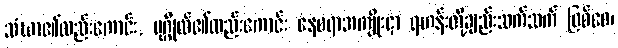
သံဃာ၏လည်းကောင်း, ပုဂ္ဂိုလ်၏လည်းကောင်း နေစရာအကျိုးငှာ ရဟန်းတို့ချည်းသက်သက် ဖြစ်စေ၊